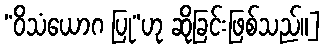
“ဝိသံယောဂ ပြု”ဟု ဆိုခြင်းဖြစ်သည်။]